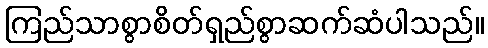
ကြည်သာစွာစိတ်ရှည်စွာဆက်ဆံပါသည်။